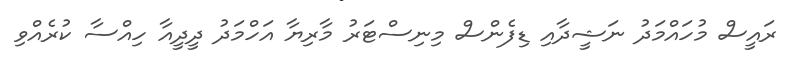
ރައީސް މުހައްމަދު ނަޝީދާއި ޑިފެންސް މިނިސްޓަރު މާރިޔާ އަހްމަދު ދީދީއާ ހިއްސާ ކުރެއްވި